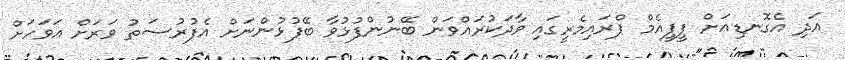
އަދި އެގޮނޑިއަށް ޕީޕީއެމް ޕްރައިމެރީގައި ވާދަކުރައްވަން ބޭނުންފުޅުވާ ބޭފުޅުންނަށް އެފުރުސަތު ވަރަށް އަވަހަށް